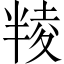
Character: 𠦻